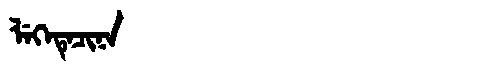
Manchu: ᠯᡝᡴᡝᡨᡝᠴᡳᠨᠠ
Romanization: LEKETECINA